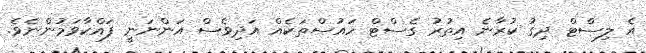
އެ ލިސްޓް ދިގު ކުރާނެ އިތުރު ގެސްޓް ހައުސްތަކެއް އަދިވެސް އަންނަނީ ފައްކާވަމުންނެވެ.